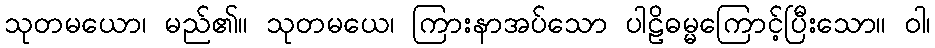
သုတမယော၊ မည်၏။ သုတမယေ၊ ကြားနာအပ်သော ပါဠိဓမ္မကြောင့်ပြီးသော။ ဝါ၊